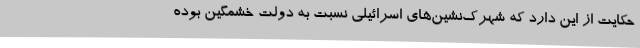
حکایت از این دارد که شهرک‌نشین‌های اسرائیلی نسبت به دولت خشمگین بوده